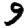
Digit: 9